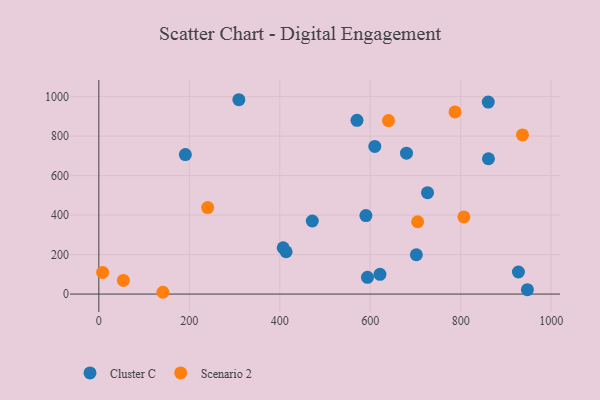
{"axis": {"x": "Price", "y": "Fuel Efficiency"}, "legend": ["Cluster C", "Scenario 2"], "data": [{"x": "702.0", "y": 199.2, "type": "Cluster C"}, {"x": "471.9", "y": 370.1, "type": "Cluster C"}, {"x": "726.7", "y": 513.4, "type": "Cluster C"}, {"x": "590.5", "y": 397.3, "type": "Cluster C"}, {"x": "927.6", "y": 111.8, "type": "Cluster C"}, {"x": "861.3", "y": 685.3, "type": "Cluster C"}, {"x": "570.7", "y": 879.7, "type": "Cluster C"}, {"x": "414.0", "y": 214.4, "type": "Cluster C"}, {"x": "680.2", "y": 713.4, "type": "Cluster C"}, {"x": "610.1", "y": 747.9, "type": "Cluster C"}, {"x": "947.4", "y": 22.1, "type": "Cluster C"}, {"x": "309.6", "y": 984.2, "type": "Cluster C"}, {"x": "407.5", "y": 234.5, "type": "Cluster C"}, {"x": "593.9", "y": 84.8, "type": "Cluster C"}, {"x": "621.5", "y": 100.0, "type": "Cluster C"}, {"x": "191.3", "y": 706.5, "type": "Cluster C"}, {"x": "860.9", "y": 972.5, "type": "Cluster C"}, {"x": "936.6", "y": 806.1, "type": "Scenario 2"}, {"x": "807.0", "y": 390.8, "type": "Scenario 2"}, {"x": "141.7", "y": 9.1, "type": "Scenario 2"}, {"x": "787.4", "y": 922.4, "type": "Scenario 2"}, {"x": "704.8", "y": 366.3, "type": "Scenario 2"}, {"x": "8.4", "y": 109.5, "type": "Scenario 2"}, {"x": "54.3", "y": 69.3, "type": "Scenario 2"}, {"x": "240.6", "y": 437.9, "type": "Scenario 2"}, {"x": "640.4", "y": 878.7, "type": "Scenario 2"}]}